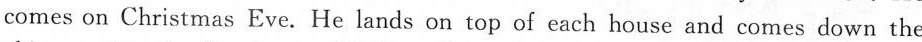
comes on Christmas Eve. He lands on top of each house and comes down the